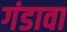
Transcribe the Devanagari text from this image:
गंडावा